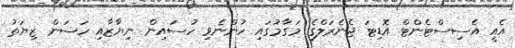
އެއީ އެސިސްޓެންޓް އޮޑިޓަ ޖެނެރަލްގެ މަގާމުގައި ހުންނެވި ހުސައިން ނިޔާޒާއި ހަސަން ޒިޔަތު